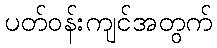
ပတ်ဝန်းကျင်အတွက်